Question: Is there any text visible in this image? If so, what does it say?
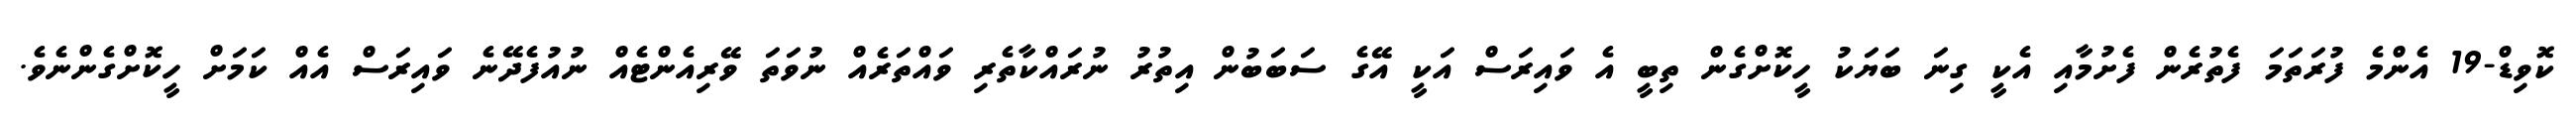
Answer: ކޮވިޑް-19 އެންމެ ފުރަތަމަ ފެތުރެން ފެށުމާއި އެކީ ގިނަ ބަޔަކު ހީކޮށްގެން ތިބީ އެ ވައިރަސް އަކީ އޭގެ ސަބަބުން އިތުރު ނުރައްކާތެރި ވައްތަރެއް ނުވަތަ ވޭރިއެންޓެއް ނުއުފެދޭނެ ވައިރަސް އެއް ކަމަށް ހީކޮށްގެންނެވެ.